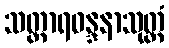
သတ္ထာရဝန္ဒနာသုတ္တံ